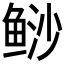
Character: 𲍔